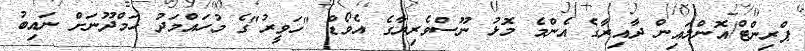
ޕްރިންޓް/އޮންލައިން ދާއިރާގެ އެންމެ މޮޅު ނޫސްވެރިޔާގެ އެވޯޑް "ހަވީރު"ގެ މުހައްމަދު ހަމްދޫނަށް ނައިބު